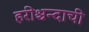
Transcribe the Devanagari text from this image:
हरीश्चन्दाची